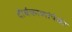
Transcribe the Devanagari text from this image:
दीर्घकाव्यांपैकी